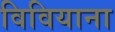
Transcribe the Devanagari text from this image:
विवियाना